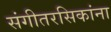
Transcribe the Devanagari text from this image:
संगीतरसिकांना